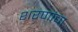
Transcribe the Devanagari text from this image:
शरणांचा